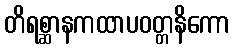
တိရစ္ဆာနကထာပဝတ္တနိကော